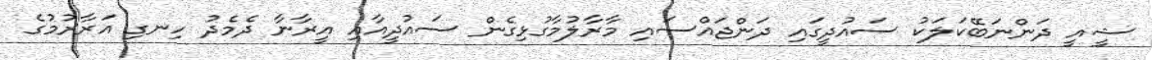
ޝީއީ ދަންނަބޭކަލަކު ސައުދީގައި ދަންޖައްސައި މާރާލުމާގުޅިގެން ސައުދީއާއި އީރާނާ ދެމެދު ހިނގި އަރާރުމުގެ